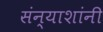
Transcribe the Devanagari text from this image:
संन्याशांनी